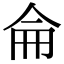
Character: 侖